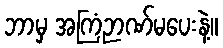
ဘာမှ အကြံဉာဏ်မပေးနဲ့။